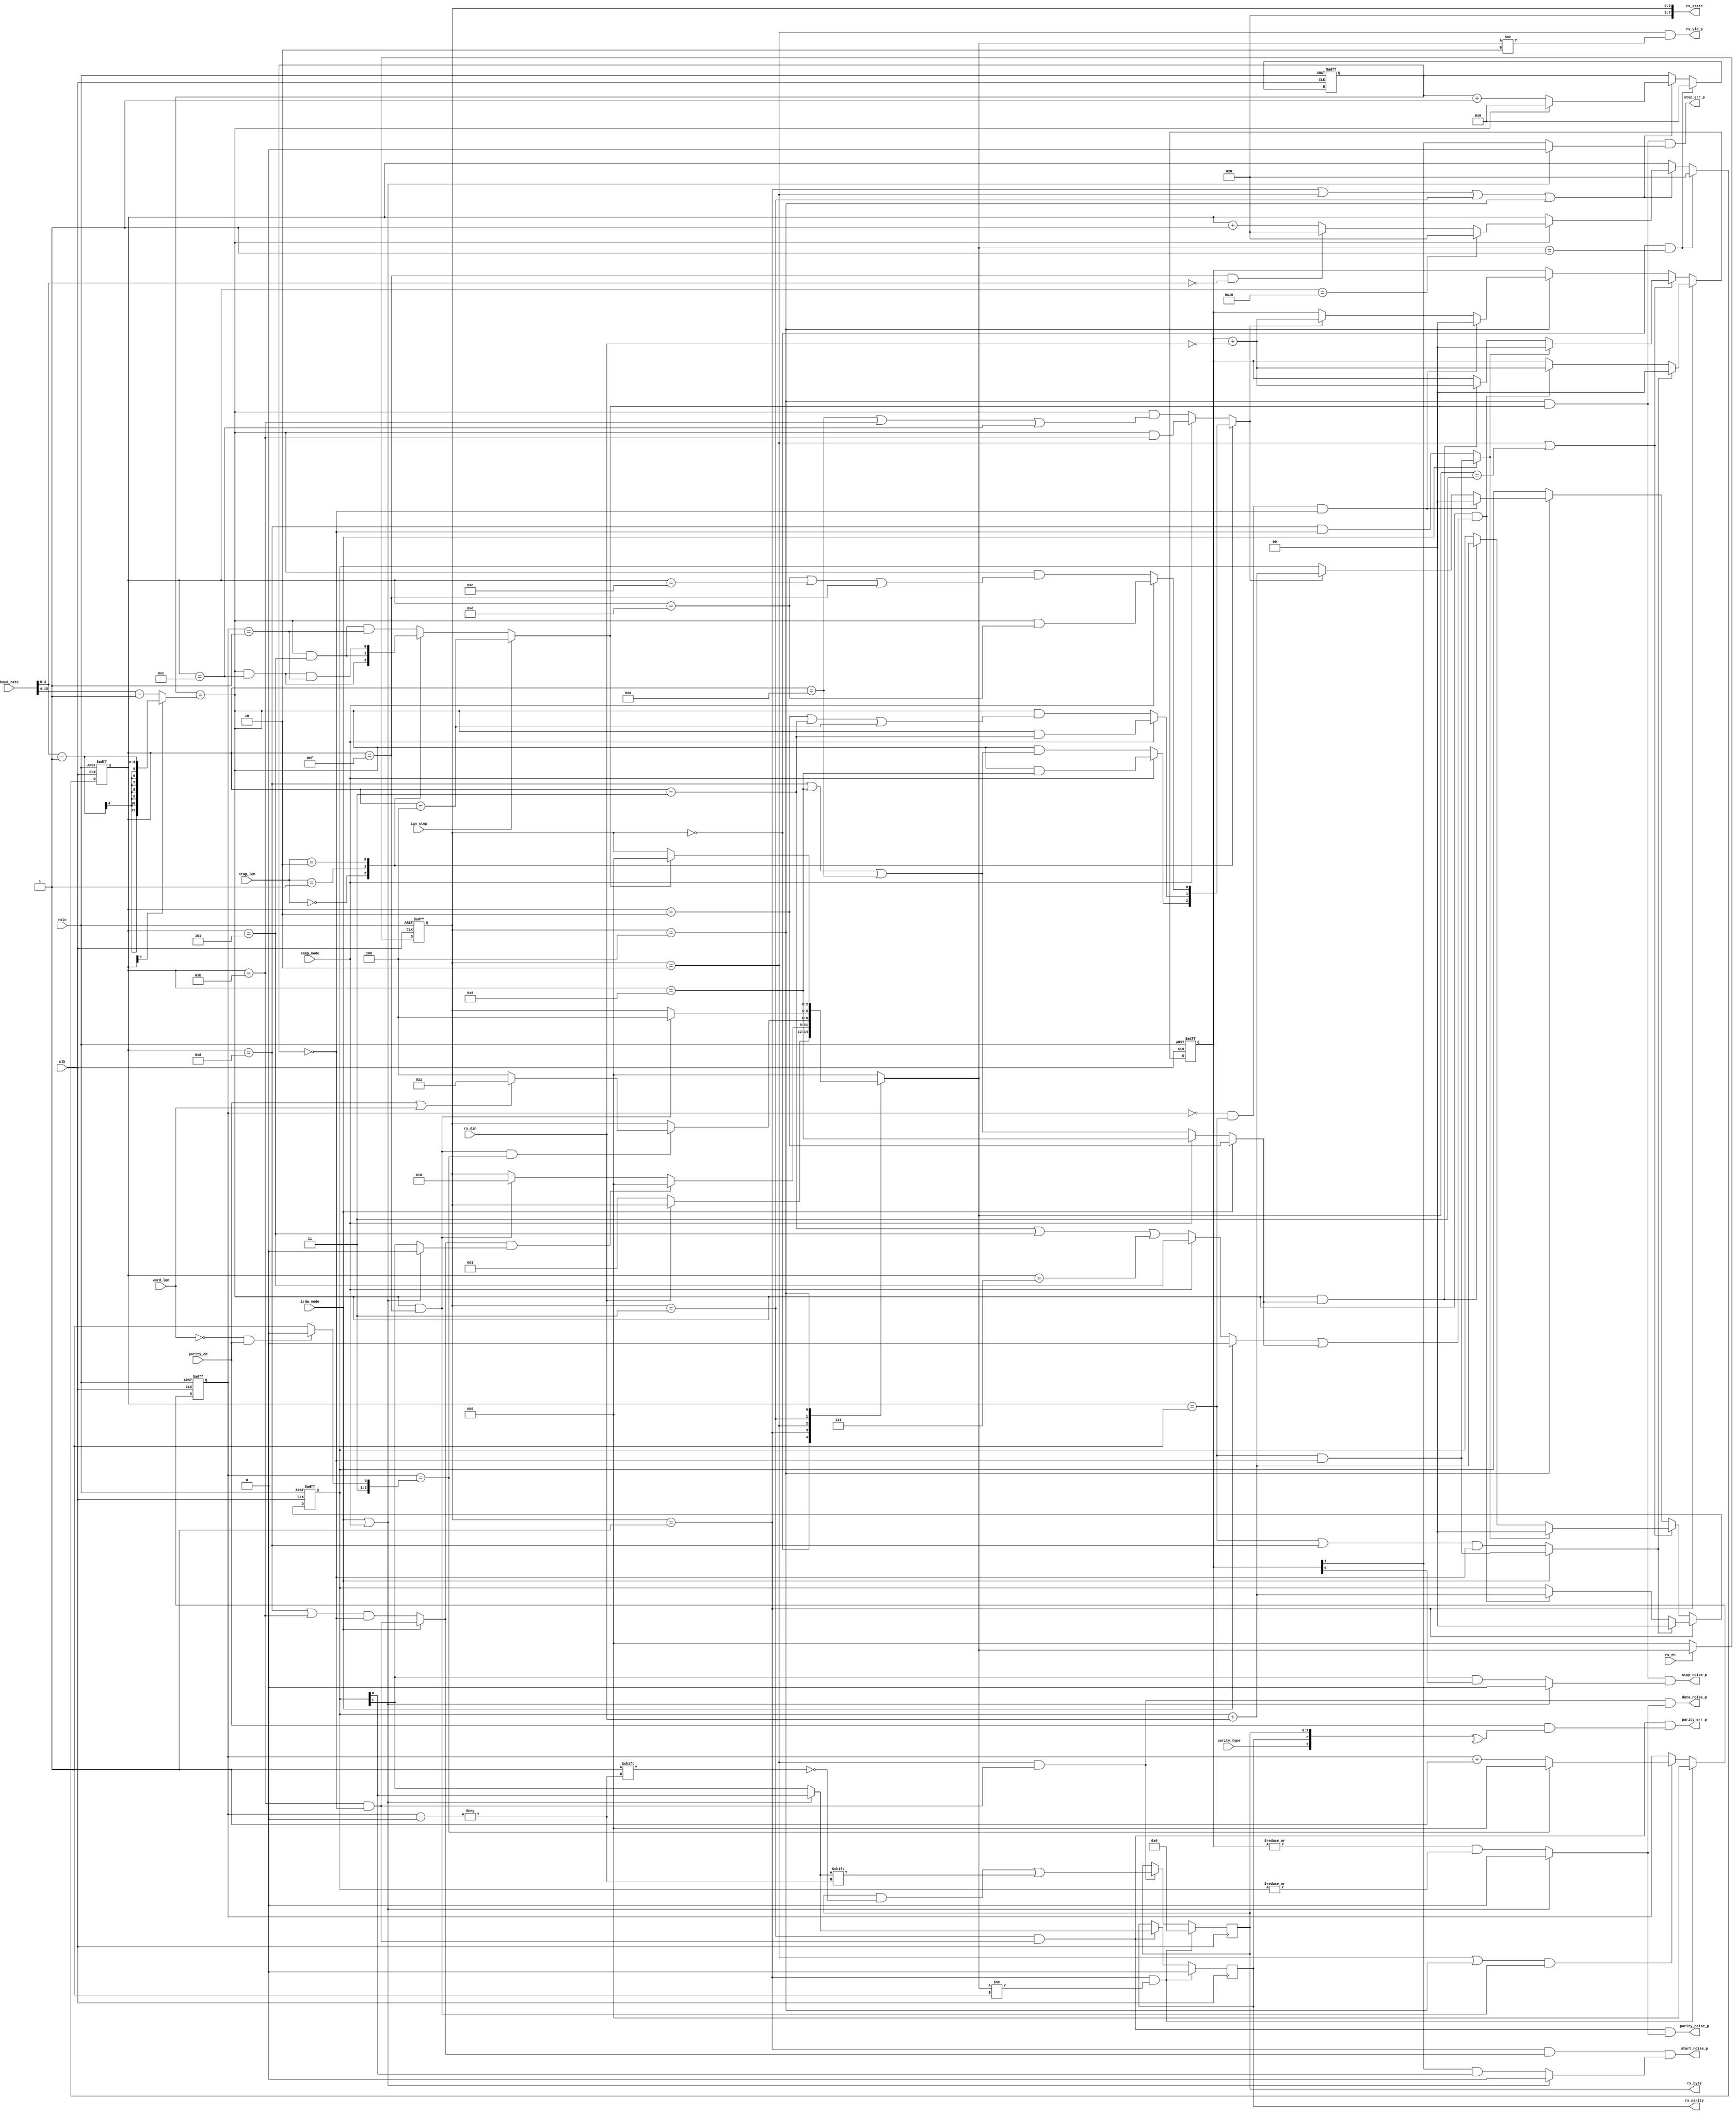

module uart_receiver (
    input                   rstn,
    input                   clk,
    input                   rx_din,
    input                   rx_en,
    input   [15:0]          baud_rate,
    input                   word_len,       // 0: 8-bit, 1: 9-bit
    input                   parity_en,      // 
    input                   parity_type,    // 0: even, 1: odd
    input   [1:0]           stop_len,       // 00: 1, 01: 0.5, 10: 2, 11: 1.5
    input                   samp_mode,      // 0: sample three times, 1: sample only one time
    input                   irda_mode,      // 0: normal uart mode, 1: 3/16 irda mode
    input                   ign_stop,       // 0: check stop, 1: ignore stop settings
    output                  rx_vld_p,
    output  [7:0]           rx_byte,
    output                  rx_parity,
    output                  start_noise_p,
    output                  data_noise_p,
    output                  parity_noise_p,
    output                  stop_noise_p,
    output                  parity_err_p,
    output                  stop_err_p,
    output  [7:0]           rx_state
);

// macro
localparam RX_IDLE          = 3'd0;
localparam RX_START         = 3'd1;
localparam RX_DATA          = 3'd2;
localparam RX_PARITY        = 3'd3;
localparam RX_STOP          = 3'd4;

// signal
reg [2:0] st_curr, st_next;
reg [11:0] cnt; reg [4:0] samp_cnt;
reg [1:0] bit0_num, bit1_num; reg [2:0] data_bit_cnt;
reg parity_buf; reg [7:0] data_buf;
wire [11:0] cnt_max; wire [2:0] data_bit_max;
wire cnt_start, cnt_end, bit_end, byte_end, stop_end;
reg stop_end_sel, stop_samp_en;
wire samp_point_pre, samp_point_mid;
wire start_judg, data_judg, stop_judg;
wire bit0_noise, bit1_noise, bit_noise, bit0_err, bit1_err;
wire start_samp_clr, data_samp_clr, stop_samp_clr;

// cnt
assign data_bit_max         = ~word_len & parity_en ? 3'd6 : 3'd7; // 9-bit mode, 9th receive in RX_PARITY state
assign cnt_max              = samp_cnt[4] ? ({8'h0, baud_rate[3:0]} - 12'd1) : (baud_rate[15:4] - 12'd1);
assign cnt_start            = cnt == 12'd0;
assign cnt_end              = cnt == cnt_max;
assign bit_end              = cnt_end && (samp_cnt == 5'd15);
assign byte_end             = data_bit_cnt == data_bit_max;
assign stop_end             = ign_stop ? (samp_cnt == 4) : stop_end_sel;
// sample
assign samp_point_pre       = irda_mode ? 1'b0 : samp_mode ? (samp_cnt == 5) : (samp_cnt == 3 || samp_cnt == 5 || samp_cnt == 7);
assign samp_point_mid       = irda_mode ? (samp_cnt == 2) : samp_mode ? (samp_cnt == 9) : (samp_cnt == 8 || samp_cnt == 9 || samp_cnt == 10);
assign start_samp_clr       = irda_mode ? samp_cnt == 1 && cnt_start : (samp_cnt == 1 || samp_cnt == 8) && cnt_start;
assign data_samp_clr        = irda_mode ? samp_cnt == 1 && cnt_start : samp_cnt == 8 && cnt_start;
assign stop_samp_clr        = data_bit_cnt == 3'd0 && samp_cnt == 1 && cnt_start;
assign start_judg           = irda_mode ? (samp_cnt == 11 && cnt == 12'd0) : (samp_cnt == 8 || samp_cnt == 11) && cnt == 12'd0;
assign data_judg            = samp_cnt == 11 && cnt == 12'd0;
assign stop_judg            = stop_end;
assign samp_val             = (irda_mode | samp_mode) ? bit1_num[0] : bit1_num[1];
// bit flag
assign bit0_noise           = (irda_mode | samp_mode) ? 1'b0 : (bit0_num[1] & bit1_num[0]); // two '0' and one '1'
assign bit1_noise           = (irda_mode | samp_mode) ? 1'b0 : (bit1_num[1] & bit0_num[0]); // two '1' and one '0'
assign bit_noise            = (irda_mode | samp_mode) ? 1'b0 : ((|bit0_num) & (|bit1_num));
assign bit0_err             = (irda_mode | samp_mode) ? 1'b0 : bit1_num[1]; // more than two '1'
assign bit1_err             = (irda_mode | samp_mode) ? 1'b0 : bit0_num[1]; // more than two '0'
assign parity_err           = parity_en & (^{parity_type, parity_buf, data_buf});
// err flag
assign start_fail           = start_judg && bit0_err;
assign start_noise_p        = (st_curr == RX_START)     && start_judg   && bit0_noise;
assign data_noise_p         = (st_curr == RX_DATA)      && data_judg    && bit_noise;
assign parity_noise_p       = (st_curr == RX_PARITY)    && data_judg    && bit_noise;
assign stop_noise_p         = (st_curr == RX_STOP)      && stop_judg    && bit1_noise;
assign parity_err_p         = (st_curr == RX_PARITY)    && data_judg    && parity_err;
assign stop_err_p           = (st_curr == RX_STOP)      && stop_judg    && bit1_err;
// dout
assign rx_vld_p             = st_curr == RX_DATA && st_next != RX_DATA;
assign rx_byte              = data_buf;
assign rx_parity            = parity_buf;
// state
assign rx_state[7:3]        = 5'h0; // rfu
assign rx_state[2:0]        = st_curr[2:0];

// stop sel
always @(*)
    case (stop_len)
        2'd0: begin // 1-bit
            stop_end_sel    = cnt_end && samp_cnt == 12;
            if (samp_mode)  stop_samp_en = cnt_end && samp_cnt == 9;
            else            stop_samp_en = cnt_end && (samp_cnt == 8 || samp_cnt == 9 || samp_cnt == 10);
        end
        2'd1: begin // 0.5 bit
            stop_end_sel    = cnt_end && samp_cnt == 5;
            if (samp_mode)  stop_samp_en = cnt_end && samp_cnt == 3;
            else            stop_samp_en = cnt_end && (samp_cnt == 2 || samp_cnt == 3 || samp_cnt == 4);
        end
        2'd2: begin // 2-bit
            stop_end_sel    = cnt_end && samp_cnt == 12 && data_bit_cnt == 3'd1;
            if (samp_mode)  stop_samp_en = cnt_end && samp_cnt == 13;
            else            stop_samp_en = cnt_end && (samp_cnt == 13 || samp_cnt == 14 || samp_cnt == 15);
        end
        default: begin
            stop_end_sel    = cnt_end && samp_cnt ==  5 && data_bit_cnt == 3'd1;
            if (samp_mode)  stop_samp_en = cnt_end && samp_cnt == 11;
            else            stop_samp_en = cnt_end && (samp_cnt == 10 || samp_cnt == 11 || samp_cnt == 12);
        end
    endcase

// fsm: sync
always @(posedge clk or negedge rstn)
    if (~rstn)
        st_curr <= RX_IDLE;
    else if (~rx_en)
        st_curr <= RX_IDLE;
    else
        st_curr <= st_next;

// fsm: comb
always @(*) begin
    // init
    st_next = st_curr;
    // trans
    case (st_curr)
        RX_IDLE: begin
            if (~rx_din)
                st_next = RX_START;
        end
        RX_START: begin
            if (start_fail)
                st_next = RX_IDLE;
            else if (bit_end)
                st_next = RX_DATA;
        end
        RX_DATA: begin
            if (bit_end & byte_end)
                if (parity_en | word_len)
                    st_next = RX_PARITY;
                else
                    st_next = RX_STOP;
        end
        RX_PARITY: begin
            if (bit_end)
                st_next = RX_STOP;
        end
        RX_STOP: begin
            if (stop_end)
                st_next = RX_IDLE;
        end
        default: begin
            st_next = RX_IDLE;
        end
    endcase
end

// cnt & samp_cnt
always @(posedge clk or negedge rstn)
    if (~rstn) begin
        cnt <= 0;
        samp_cnt <= 0;
    end
    else if (st_curr == RX_IDLE && st_next == RX_START) begin
        cnt <= 0;
        samp_cnt <= 0;
    end
    else if (st_curr == RX_START || st_curr == RX_DATA || st_curr == RX_PARITY || st_curr == RX_STOP) begin
        if (cnt == cnt_max) begin
            cnt <= 0;
            if (samp_cnt == 5'd16)
                samp_cnt <= 5'd0;
            else if (samp_cnt == 5'd15 && baud_rate[3:0] == 4'h0)
                samp_cnt <= 5'd0;
            else
                samp_cnt <= samp_cnt + 1;
        end
        else begin
            cnt <= cnt + 1;
        end
    end

// bit0_num, bit1_num
always @(posedge clk or negedge rstn)
    if (~rstn) begin
        bit0_num <= 0;
        bit1_num <= 0;
    end
    else if (st_curr == RX_START) begin
        if (start_samp_clr) begin
            bit0_num <= 0;
            bit1_num <= 0;
        end
        else if (cnt_end && (samp_point_pre || samp_point_mid)) begin
            bit0_num <= bit0_num + {1'b0, ~rx_din};
            bit1_num <= bit1_num + {1'b0, rx_din};
        end
    end
    else if (st_curr == RX_DATA || st_next == RX_PARITY) begin
        if (data_samp_clr) begin
            bit0_num <= 0;
            bit1_num <= 0;
        end
        else if (cnt_end && samp_point_mid) begin
            bit0_num <= bit0_num + {1'b0, ~rx_din};
            bit1_num <= bit1_num + {1'b0, rx_din};
        end
    end
    else if (st_curr == RX_STOP) begin
        if (stop_samp_clr) begin
            bit0_num <= 0;
            bit1_num <= 0;
        end
        else if (stop_samp_en) begin
            bit0_num <= bit0_num + {1'b0, ~rx_din};
            bit1_num <= bit1_num + {1'b0, rx_din};
        end
    end

// data_bit_cnt
always @(posedge clk or negedge rstn)
    if (~rstn) begin
        data_bit_cnt <= 0;
    end
    else if (st_curr == RX_START && st_next != RX_START) begin
        data_bit_cnt <= 0;
    end
    else if ((st_curr == RX_DATA || st_curr == RX_STOP) && bit_end) begin
        if (byte_end)
            data_bit_cnt <= 0;
        else
            data_bit_cnt <= data_bit_cnt + 1;
    end

// data_buf
always @(posedge clk)
    if (st_curr == RX_START && st_next != RX_START)
        data_buf <= 0;
    else if (st_curr == RX_DATA && data_judg)
        data_buf[data_bit_cnt] <= samp_val;

// parity_buf
always @(posedge clk)
    if (st_curr == RX_START && st_next != RX_START)
        parity_buf <= 0;
    else if (st_curr == RX_PARITY && data_judg)
        parity_buf <= samp_val;

endmodule